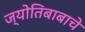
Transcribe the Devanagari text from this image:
ज्योतिबाबाचे